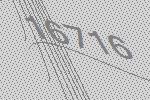
16716